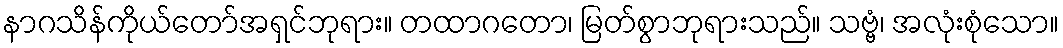
နာဂသိန်ကိုယ်တော်အရှင်ဘုရား။ တထာဂတော၊ မြတ်စွာဘုရားသည်။ သဗ္ဗံ၊ အလုံးစုံသော။